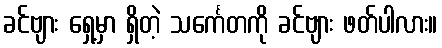
ခင်ဗျား ရှေ့မှာ ရှိတဲ့ သင်္ကေတကို ခင်ဗျား ဖတ်ပါလား။